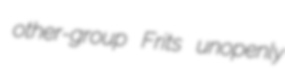
other-group Frits unopenly